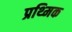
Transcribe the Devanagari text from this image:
प्रथ्मिक